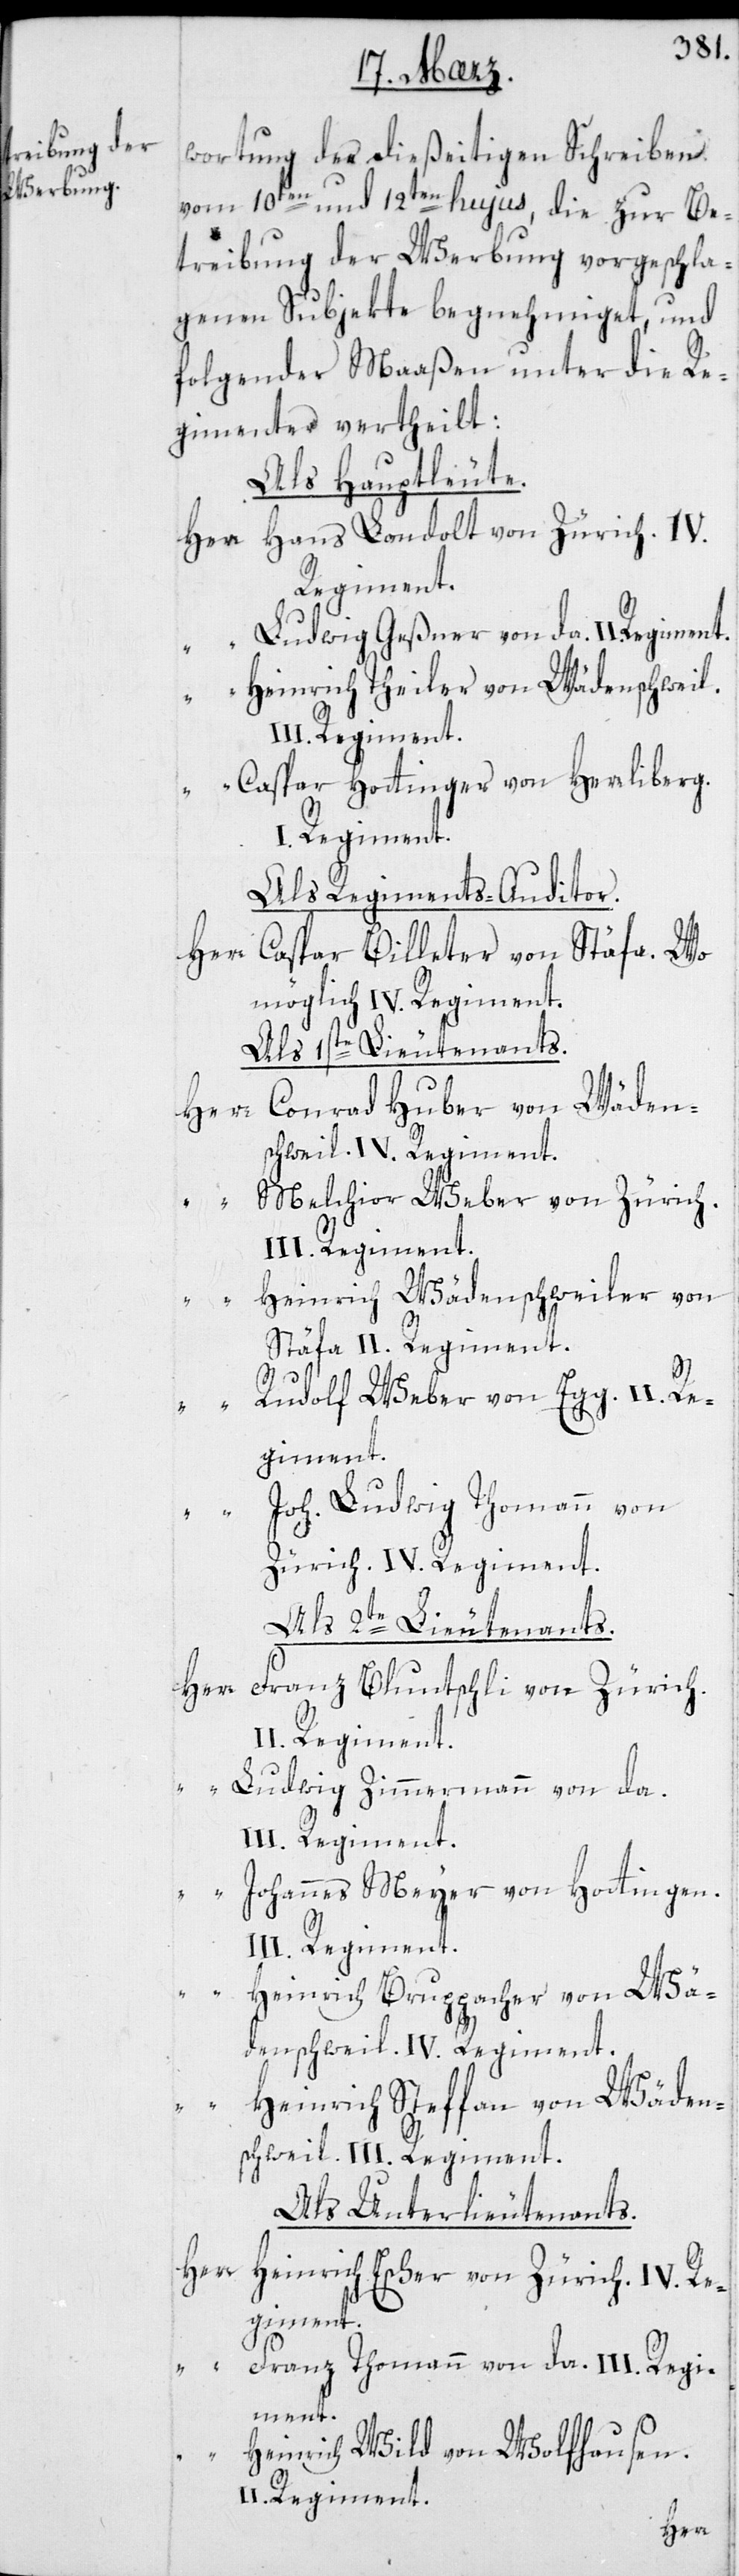
wortung des dießeitigen Schreiben
vom 10ten und 12ten hujus, die zur Be¬
treibung der Werbung vorgeschla¬
genen Subjekte begnehmiget, und
folgender Maaßen unter die Re¬
gimenter vertheilt:
Als Hauptleute.
Herr Hans Landolt von Zürich, IV.
Regiment.
Ludwig Geßner von da, II.
“ Heinrich Theiler von Wädenschweil,
III. Regiment.
“ Caspar Hottinger von Herrliberg,
Als Regiments-Auditor.
Herr Caspar Billeter von Stäfa. Wo¬
möglich IV. Regiment.
Als 1ste Lieutenants.
Herr Conrad Huber von Wäden¬
schweil. IV. Regiment.
Melchior Weber von Zürich.
III. Regiment.
“ Heinrich Wädenschweiler von
Stäfa. II. Regiment.
“ Rudolf Weber von Egg. II. Re¬
giment.
Joh. Ludwig Thomann von
Zürich, IV. Regiment.
Als 2te Lieutenants.
Franz Bluntschli von Zürich.
“ Ludwig Zimmermann von da,
III. Regiment.
“ Johannes Meyer von Hottingen.
II. Regiment.
Heinrich Bruppacher von Wä¬
denschweil. IV. Regiment.
Heinrich Steffan von Wäden¬
schweil. III. Regiment.
Als Unterlieutenants.
Herr
Heinrich Escher von Zürich. IV. Re¬
giment.
Franz Thomann von da. III. Regi¬
ment.
“ Heinrich Wild von Wolfhausen.
Herr